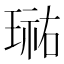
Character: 𭹮